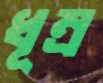
ধূম্র